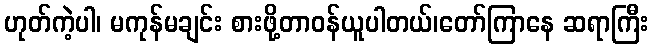
ဟုတ်ကဲ့ပါ၊ မကုန်မချင်း စားဖို့တာဝန်ယူပါတယ်၊တော်ကြာနေ ဆရာကြီး